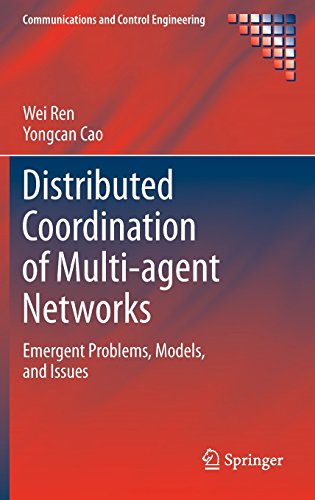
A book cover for Distributed Coordination of Multi-agent Networks: Emergent Problems, Models, and Issues (Communications and Control Engineering); Wei Ren; Computers & Technology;